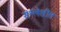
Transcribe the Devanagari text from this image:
संश्लेशीत